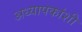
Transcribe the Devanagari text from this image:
अध्यापकांशी